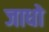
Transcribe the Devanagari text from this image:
जाधो